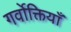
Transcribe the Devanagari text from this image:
गर्वोक्तियाँ